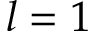
l = 1